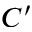
C ^ { \prime }